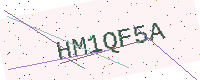
Text: HM1QF5A